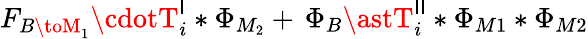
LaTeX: F_{B\toM_{1}}\cdotT_{i}^{\mathsf{I}}\ast\Phi_{M_{2}}+\, \Phi_{B}\astT_{i}^{\mathsf{I}\mathsf{I}}\ast\Phi_{M1}\ast\Phi_{M2}